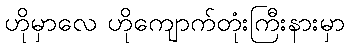
ဟိုမှာလေ ဟိုကျောက်တုံးကြီးနားမှာ